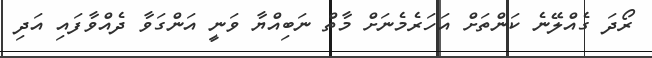
ރޯދަ ގެއްލޭނެ ކަންތަށް އަހަރެމެނަށް މާތް ނަބިއްޔާ ވަނީ އަންގަވާ ދެއްވާފައި އަދި